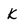
Character: k